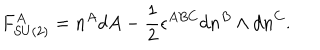
F _ { S U ( 2 ) } ^ { A } = n ^ { A } d A - \frac 1 2 \epsilon ^ { A B C } d n ^ { B } \wedge d n ^ { C } .